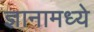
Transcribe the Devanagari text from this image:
ज्ञानामध्ये